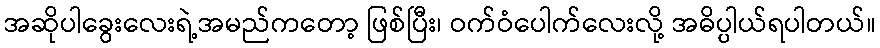
အဆိုပါခွေးလေးရဲ့အမည်ကတော့ ဖြစ်ပြီး၊ ဝက်ဝံပေါက်လေးလို့ အဓိပ္ပါယ်ရပါတယ်။